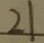
2 1